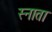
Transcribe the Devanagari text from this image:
स्नाता